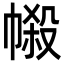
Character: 𢄌